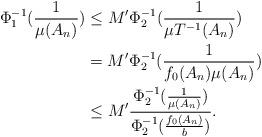
LaTeX: \begin{align*}\Phi_1^{-1}(\frac{1}{\mu(A_n)})&\leq M'\Phi_2^{-1}(\frac{1}{\mu T^{-1}(A_n)})\\&=M'\Phi_2^{-1}(\frac{1}{f_0(A_n)\mu(A_n)})\\&\leq M'\frac{\Phi_2^{-1}(\frac{1}{\mu(A_n)})}{\Phi_2^{-1}(\frac{f_0(A_n)}{b})}.\end{align*}